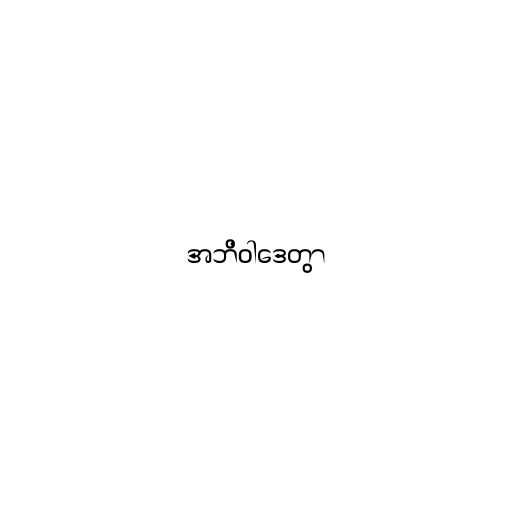
အဘိဝါဒေတွာ